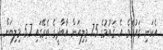
އެކަނި ޤައުމެވެ. އެ ޤައުމުގެ 7.5 މިލިއަން އާބާދީގެ ތެރޭގައި 5.7 މިލިޔަން